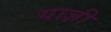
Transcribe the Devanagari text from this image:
याज्ञी